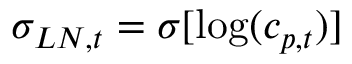
\sigma _ { L N , t } = \sigma [ \log ( c _ { p , t } ) ]